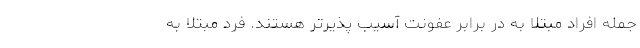
جمله افراد مبتلا به در برابر عفونت آسیب پذیرتر هستند. فرد مبتلا به